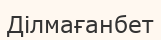
Ділмағанбет